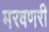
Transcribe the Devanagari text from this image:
मरवणरी